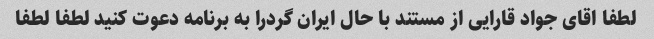
لطفا اقای جواد قارایی از مستند با حال ایران گردرا به برنامه دعوت کنید لطفا لطفا